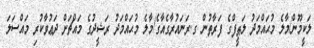
ލަކީމޫން/މާލެ މުޙައްމަދު ލަޠީފްގެ ފަރާތުން ގ.ރަނައުރާގެއާގެ/މާލެ މުޙައްމަދު ރަޝީދުގެ މައްޗަށް ދަޢުވާކުރި މައްސަލަ